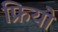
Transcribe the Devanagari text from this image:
फ्रियो